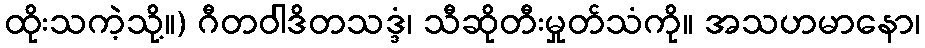
ထိုးသကဲ့သို့။) ဂီတဝါဒိတသဒ္ဒံ၊ သီဆိုတီးမှုတ်သံကို။ အသဟမာနော၊